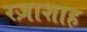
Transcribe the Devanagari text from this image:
रज़ाशाह